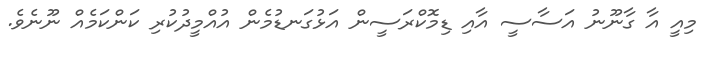
މިއީ އާ ގާނޫނު އަސާސީ އާއި ޑިމޮކްރަސީން އަޅުގަނޑުމެން އުއްމީދުކުރި ކަންކަމެއް ނޫނެވެ.